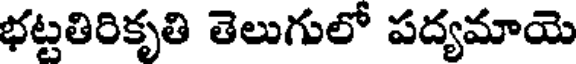
భట్టతిరికృతి తెలుగులో పద్యమాయె